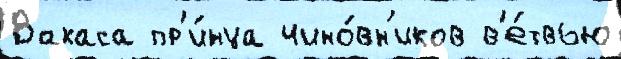
Вакаса пр'и́нца чино́вн'иков в'е́твью